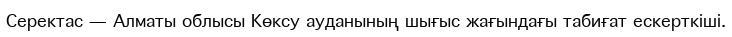
Серектас — Алматы облысы Көксу ауданының шығыс жағындағы табиғат ескерткіші.